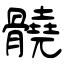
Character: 髐